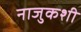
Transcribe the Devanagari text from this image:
नाजुकशी